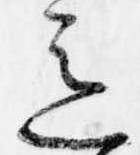
意